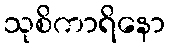
သုစိကာရိနော